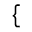
\left\{ \begin{array} { r l } \end{array} \right.